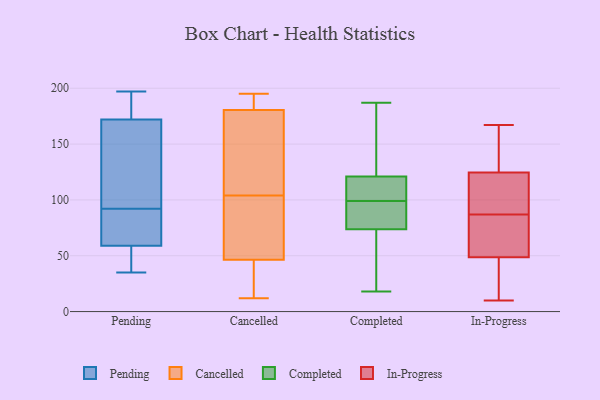
{"axis": {"x": "Energy Usage (MWh)", "y": "Value"}, "legend": ["Cancelled", "Completed", "In-Progress", "Pending"], "data": [{"x": "", "y": 35, "type": "Pending"}, {"x": "", "y": 50, "type": "Pending"}, {"x": "", "y": 148, "type": "Pending"}, {"x": "", "y": 193, "type": "Pending"}, {"x": "", "y": 197, "type": "Pending"}, {"x": "", "y": 46, "type": "Pending"}, {"x": "", "y": 80, "type": "Pending"}, {"x": "", "y": 104, "type": "Pending"}, {"x": "", "y": 172, "type": "Pending"}, {"x": "", "y": 69, "type": "Pending"}, {"x": "", "y": 113, "type": "Pending"}, {"x": "", "y": 107, "type": "Pending"}, {"x": "", "y": 196, "type": "Pending"}, {"x": "", "y": 71, "type": "Pending"}, {"x": "", "y": 51, "type": "Pending"}, {"x": "", "y": 176, "type": "Pending"}, {"x": "", "y": 59, "type": "Pending"}, {"x": "", "y": 70, "type": "Pending"}, {"x": "", "y": 187, "type": "Cancelled"}, {"x": "", "y": 108, "type": "Cancelled"}, {"x": "", "y": 174, "type": "Cancelled"}, {"x": "", "y": 12, "type": "Cancelled"}, {"x": "", "y": 194, "type": "Cancelled"}, {"x": "", "y": 84, "type": "Cancelled"}, {"x": "", "y": 100, "type": "Cancelled"}, {"x": "", "y": 32, "type": "Cancelled"}, {"x": "", "y": 61, "type": "Cancelled"}, {"x": "", "y": 135, "type": "Cancelled"}, {"x": "", "y": 31, "type": "Cancelled"}, {"x": "", "y": 195, "type": "Cancelled"}, {"x": "", "y": 18, "type": "Completed"}, {"x": "", "y": 163, "type": "Completed"}, {"x": "", "y": 99, "type": "Completed"}, {"x": "", "y": 120, "type": "Completed"}, {"x": "", "y": 83, "type": "Completed"}, {"x": "", "y": 83, "type": "Completed"}, {"x": "", "y": 86, "type": "Completed"}, {"x": "", "y": 177, "type": "Completed"}, {"x": "", "y": 187, "type": "Completed"}, {"x": "", "y": 99, "type": "Completed"}, {"x": "", "y": 46, "type": "Completed"}, {"x": "", "y": 103, "type": "Completed"}, {"x": "", "y": 88, "type": "Completed"}, {"x": "", "y": 40, "type": "Completed"}, {"x": "", "y": 124, "type": "Completed"}, {"x": "", "y": 107, "type": "Completed"}, {"x": "", "y": 27, "type": "Completed"}, {"x": "", "y": 167, "type": "In-Progress"}, {"x": "", "y": 87, "type": "In-Progress"}, {"x": "", "y": 35, "type": "In-Progress"}, {"x": "", "y": 135, "type": "In-Progress"}, {"x": "", "y": 68, "type": "In-Progress"}, {"x": "", "y": 88, "type": "In-Progress"}, {"x": "", "y": 60, "type": "In-Progress"}, {"x": "", "y": 50, "type": "In-Progress"}, {"x": "", "y": 149, "type": "In-Progress"}, {"x": "", "y": 121, "type": "In-Progress"}, {"x": "", "y": 45, "type": "In-Progress"}, {"x": "", "y": 93, "type": "In-Progress"}, {"x": "", "y": 10, "type": "In-Progress"}]}